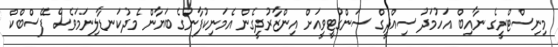
މިނިސްޓްރީގެ ނާއިބް އަހުމަދު ސިއްދީގް ސަންގުޓީވީއަށް އިންޒާރުދީގެން އެމަނިކުފާނުގެ ބަޔާން މެދުކަނޑާލިނަމަވެސް ފޭސްބްކް